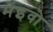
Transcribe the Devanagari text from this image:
मेंइवो